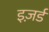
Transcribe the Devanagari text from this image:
इज़र्ड